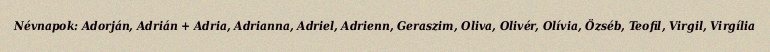
Névnapok: Adorján, Adrián + Adria, Adrianna, Adriel, Adrienn, Geraszim, Oliva, Olivér, Olívia, Özséb, Teofil, Virgil, Virgília